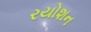
રયોશન